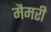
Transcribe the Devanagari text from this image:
मैमरी